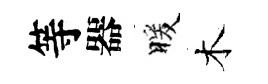
等器暖木